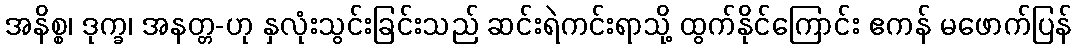
အနိစ္စ၊ ဒုက္ခ၊ အနတ္တ-ဟု နှလုံးသွင်းခြင်းသည် ဆင်းရဲကင်းရာသို့ ထွက်နိုင်ကြောင်း ဧကန် မဖောက်ပြန်